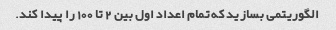
الگوریتمی بسازید که تمام اعداد اول بین 2 تا 100 را پیدا کند.